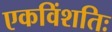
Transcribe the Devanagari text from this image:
एकविंशतिः